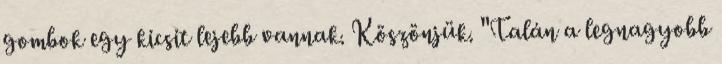
gombok egy kicsit lejebb vannak. Köszönjük. "Talán a legnagyobb